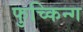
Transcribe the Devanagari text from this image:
फुच्किन्ग